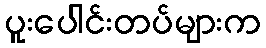
ပူးပေါင်းတပ်များက